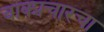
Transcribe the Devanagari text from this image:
वाक्प्रचारचा